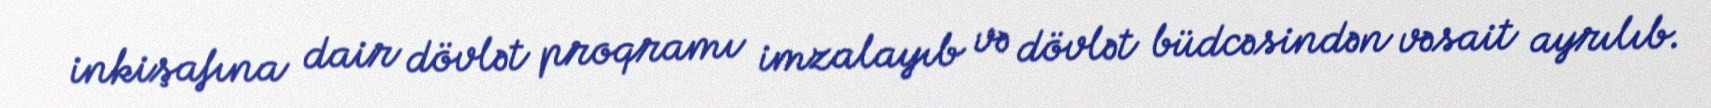
inkişafına dair dövlət proqramı imzalayıb və dövlət büdcəsindən vəsait ayrılıb.